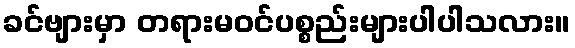
ခင်ဗျားမှာ တရားမဝင်ပစ္စည်းများပါပါသလား။